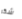
شكر